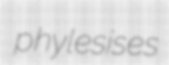
phylesises